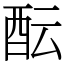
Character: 酝